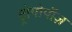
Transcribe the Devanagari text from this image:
ट्रोपोपॉज़